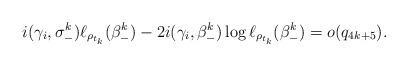
LaTeX: \begin{align*}i(\gamma_i,\sigma_-^k)\ell_{\rho_{t_k}}(\beta_-^k)-2i(\gamma_i,\beta_-^k)\log \ell_{\rho_{t_k}}(\beta_-^k)=o(q_{4k+5}). \end{align*}